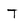
Character: T